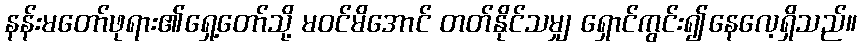
နန်းမတော်ဖုရား၏ရှေ့တော်သို့ မဝင်မိအောင် တတ်နိုင်သမျှ ရှောင်ကွင်း၍နေလေ့ရှိသည်။